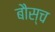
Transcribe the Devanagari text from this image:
बौस्च